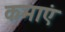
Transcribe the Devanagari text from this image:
कमाएं